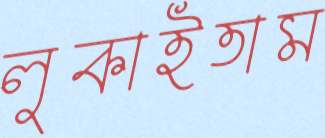
লুকাইতাম